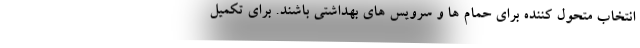
انتخاب متحول کننده برای حمام ها و سرویس های بهداشتی باشند. برای تکمیل